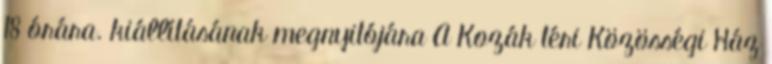
18 órára. kiállításának megnyitójára A Kozák téri Közösségi Ház